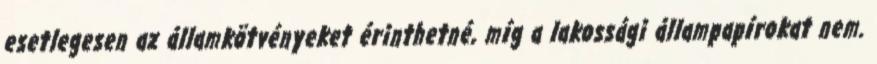
esetlegesen az államkötvényeket érinthetné, míg a lakossági állampapírokat nem.